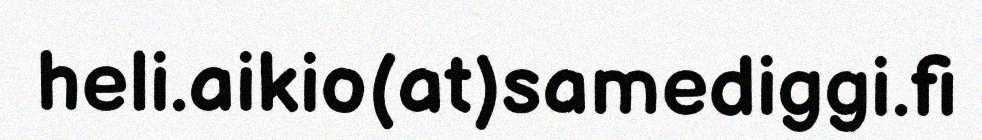
heli.aikio(at)samediggi.fi